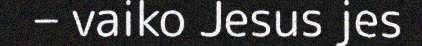
– vaiko Jesus jes